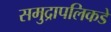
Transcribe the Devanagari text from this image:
समुद्रापलिकडे